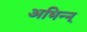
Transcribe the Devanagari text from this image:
अभिन्न्